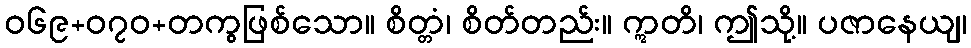
ဝ၆၉+၀၇ဝ+တကွဖြစ်သော။ စိတ္တံ၊ စိတ်တည်း။ ဣတိ၊ ဤသို့။ ပဇာနေယျ၊